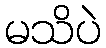
မသိပဲ